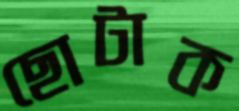
ছোটাক